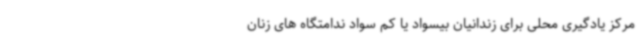
مرکز یادگیری محلی برای زندانیان بیسواد یا کم سواد ندامتگاه های زنان